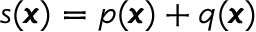
s ( { \pmb x } ) = p ( { \pmb x } ) + q ( { \pmb x } )